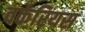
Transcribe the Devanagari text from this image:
वर्करियस